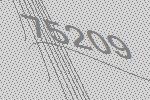
75209